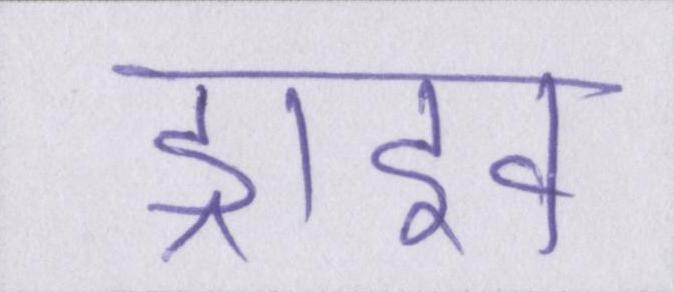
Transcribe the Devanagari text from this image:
ड्राइव